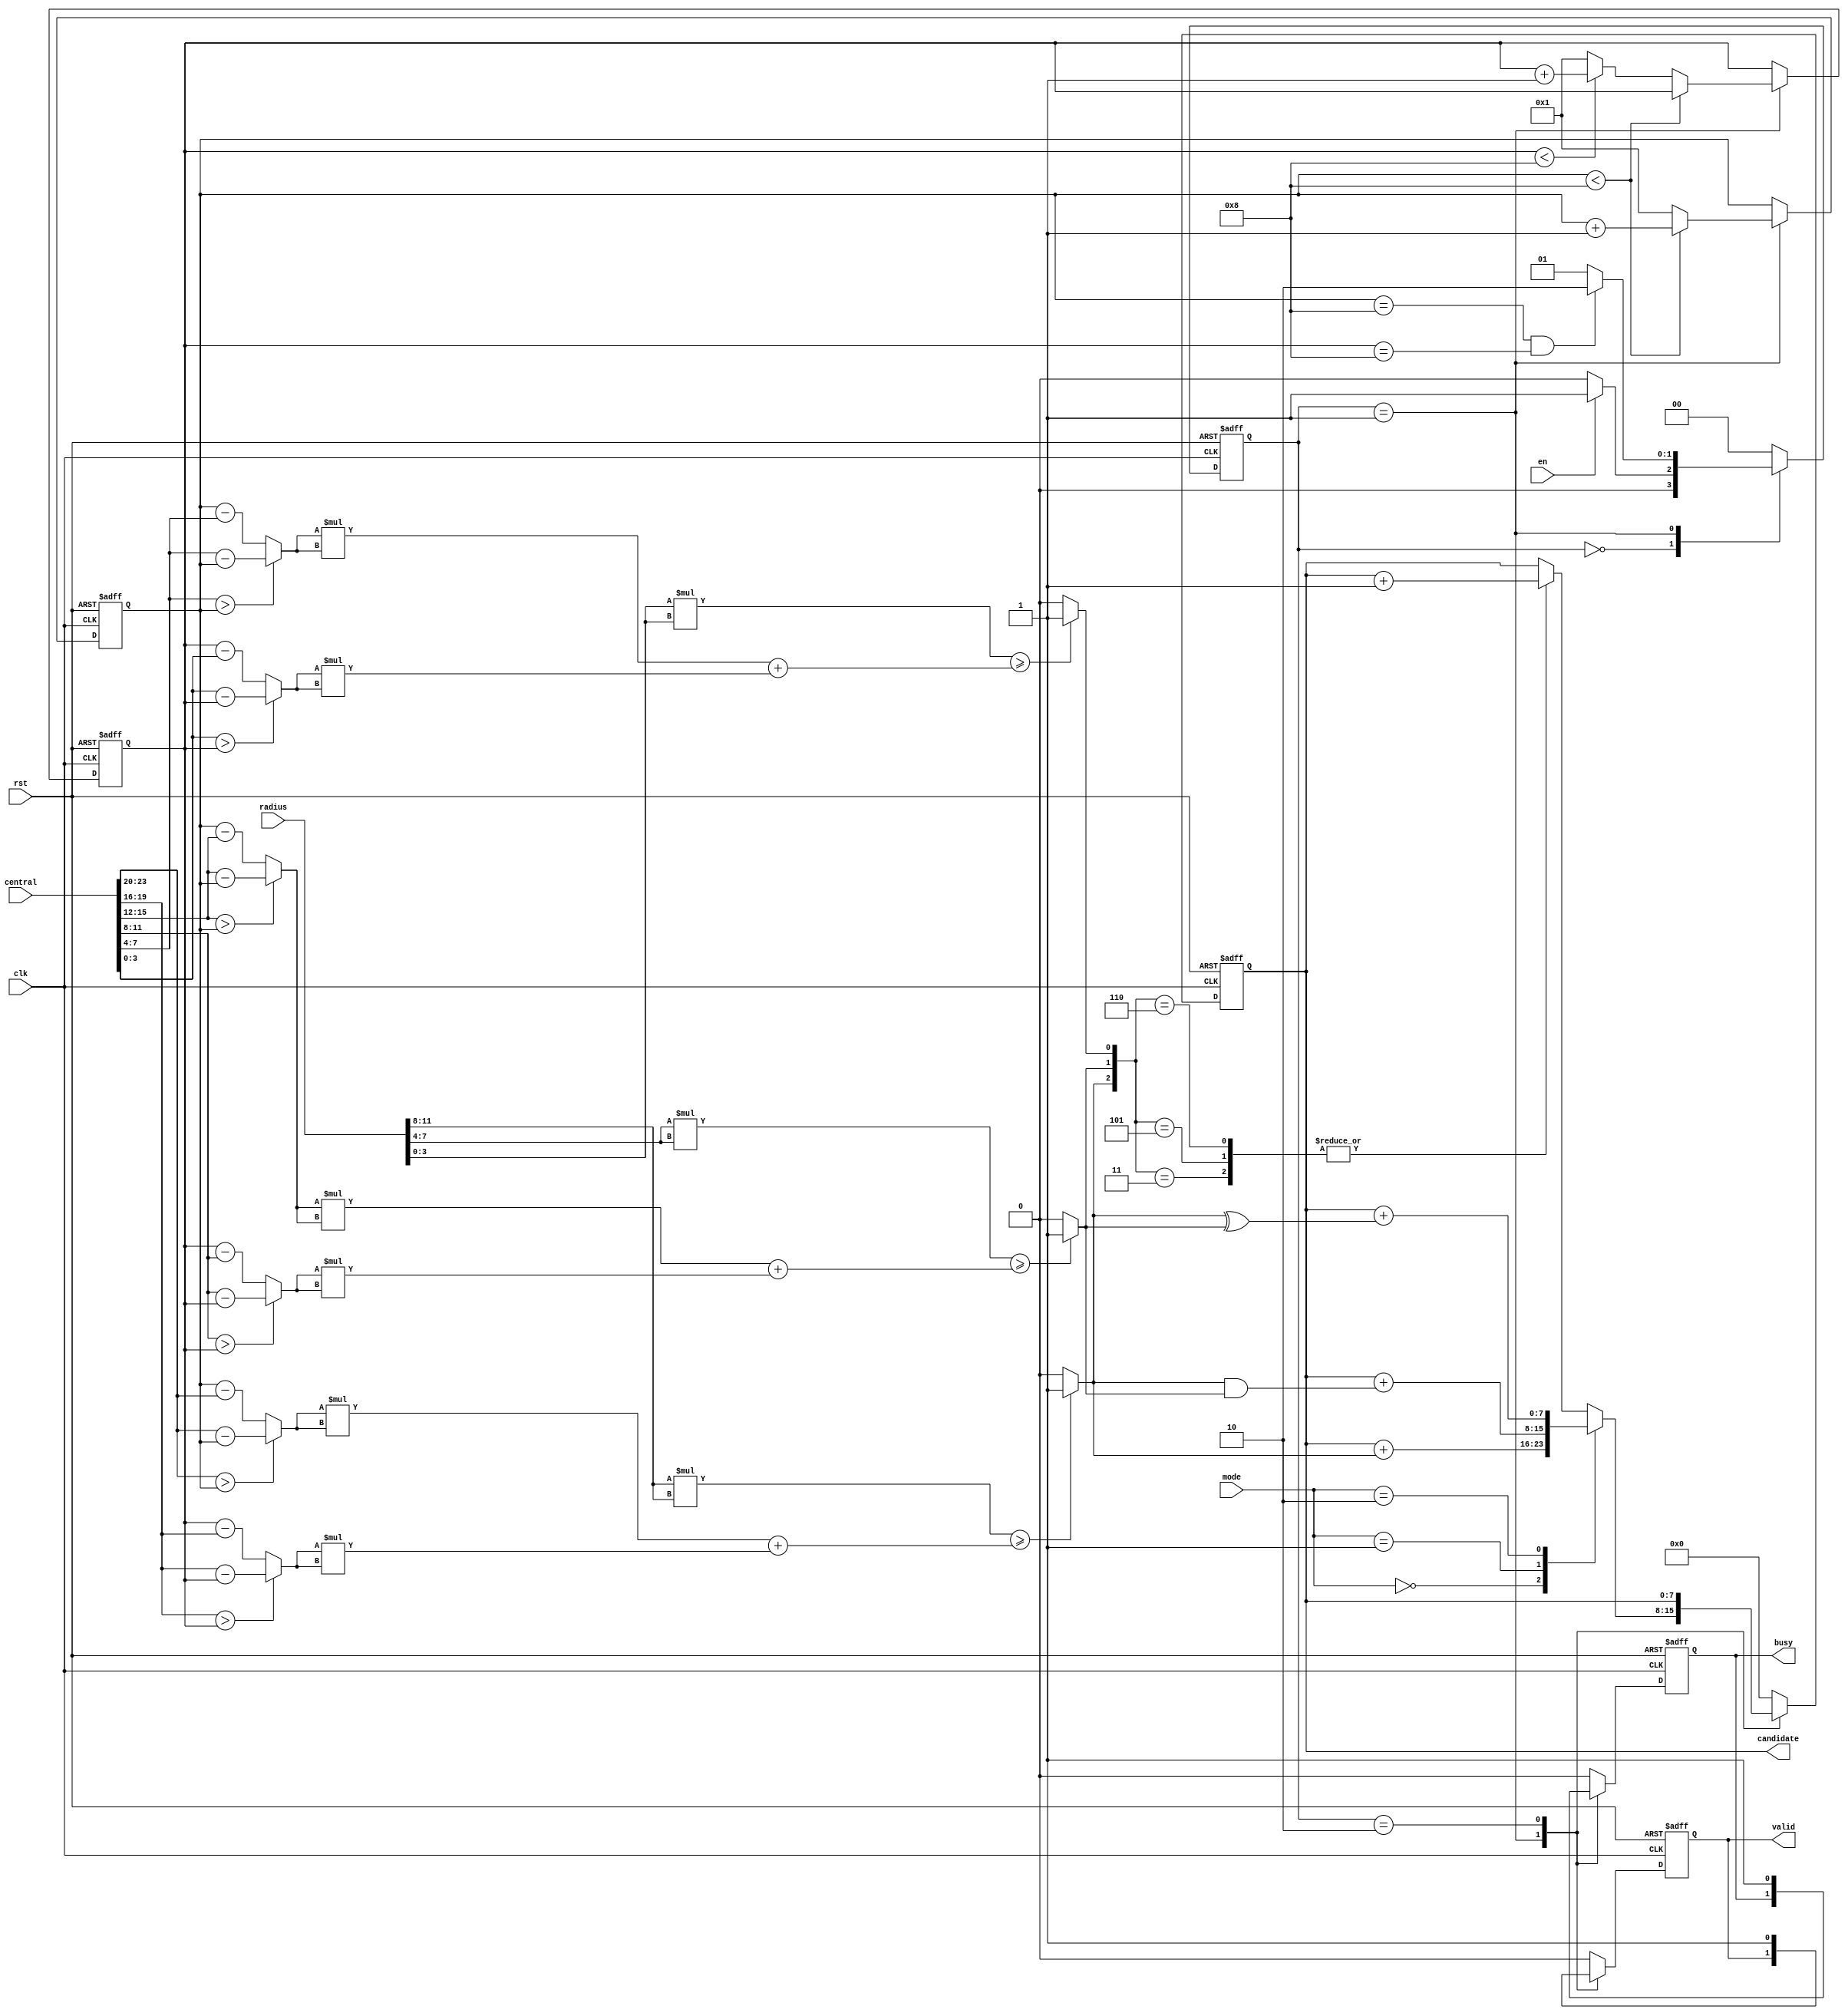
module SET ( clk , rst, en, central, radius, mode, busy, valid, candidate );

parameter [1:0] IDLE = 'h0;
parameter [1:0] PROCESS = 'h1;
parameter [1:0] DONE = 'h2;

input clk, rst;
input en;
input [23:0] central;
input [11:0] radius;
input [1:0] mode;
output reg busy;
output reg valid;
output reg [7:0] candidate;

reg [1:0] CState,NState;
reg [3:0] x_axis,y_axis;

wire [3:0] ax,ay;
wire [8:0] a_distance;
wire [7:0] pow2_r1;
wire in_a;

wire [3:0] bx,by;
wire [8:0] b_distance;
wire [7:0] pow2_r2;
wire in_b;

wire [3:0] cx,cy;
wire [8:0] c_distance;
wire [7:0] pow2_r3;
wire in_c;

assign ax = (central[23:20] > x_axis) ? (central[23:20] - x_axis) : (x_axis - central[23:20]);
assign ay = (central[19:16] > y_axis) ? (central[19:16] - y_axis) : (y_axis - central[19:16]);
assign a_distance = ( ax * ax ) + ( ay * ay );
assign pow2_r1 = (radius[11:8] * radius[11:8]);
assign in_a = (pow2_r1 >= a_distance) ? ('h1) : ('h0);

assign bx = (central[15:12] > x_axis) ? (central[15:12] - x_axis) : (x_axis - central[15:12]);
assign by = (central[11:8] > y_axis) ? (central[11:8] - y_axis) : (y_axis - central[11:8]);
assign b_distance = ( bx * bx ) + ( by * by );
assign pow2_r2 = (radius[7:4] * radius[7:4]);
assign in_b = (pow2_r2 >= b_distance) ? ('h1) : ('h0);

assign cx = (central[7:4] > x_axis) ? (central[7:4] - x_axis) : (x_axis - central[7:4]);
assign cy = (central[3:0] > y_axis) ? (central[3:0] - y_axis) : (y_axis - central[3:0]);
assign c_distance = ( cx * cx ) + ( cy * cy );
assign pow2_r3 = (radius[3:0] * radius[3:0]);
assign in_c = (pow2_r3 >= c_distance) ? ('h1) : ('h0);

always@(posedge clk or posedge rst)begin
    if(rst) CState <= IDLE;
    else    CState <= NState;
end

always@(*)begin
    case(CState)
        IDLE:begin
            if(en)  NState <= PROCESS;
            else    NState <= IDLE;
        end
        PROCESS:begin
            if((x_axis == 'h8)&&(y_axis == 'h8)) NState <= DONE;
            else                                NState <= PROCESS;
        end
        default:begin
            NState <= IDLE;
        end
    endcase
end

always@(posedge clk or posedge rst)begin
    if(rst)begin
        x_axis <= 'h1;
        y_axis <='h1;
        busy <= 'h0;
        valid <= 'h0;
        candidate <= 'h0;
    end
    else begin
        case(CState)
            IDLE:begin
                busy <= 'h0;
                valid <= 'h0;
                candidate <= 'h0;
            end
            PROCESS:begin
                if(x_axis < 'h8)begin
                    x_axis <= x_axis + 'h1;
                end
                else begin
                    x_axis <= 'h1;
                    if(y_axis < 'h8)begin
                        y_axis <= y_axis + 'h1;
                    end
                    else begin
                        y_axis <= 'h1;
                    end
                end
                case(mode)
                    'h0:    candidate <= candidate + in_a;
                    'h1:    candidate <= candidate + (in_a & in_b);
                    'h2:    candidate <= candidate + (in_a ^ in_b);
                    default:begin
                        case({in_a,in_b,in_c})
                            3'b011: candidate <= candidate + 'h1;
                            3'b101: candidate <= candidate + 'h1;
                            3'b110: candidate <= candidate + 'h1;
                            default:candidate <= candidate;
                        endcase
                    end
                endcase
            end
            DONE:begin
                busy <= 'h1;
                valid <= 'h1;
                candidate <= candidate;
            end
            default:begin
                busy <= 'h0;
                valid <= 'h0;
                candidate <= 'h0;
            end
        endcase
    end
end

endmodule